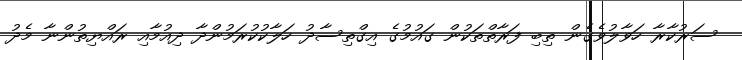
ސަރުކާރާ ހަވާލުވެގެން ތިބި ފަރާތްތަކުން ގައުމުގެ އިގްތިސާދު ހަލާކުކުރަމުންދާ ދިއުމާއި ރައްޔިތުންނާ މެދު